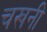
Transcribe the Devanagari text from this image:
चखनी